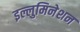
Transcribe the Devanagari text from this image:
इल्लुमिनेशन